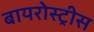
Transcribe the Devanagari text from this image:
बायरोस्ट्रीस